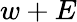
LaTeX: w+E